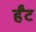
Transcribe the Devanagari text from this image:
र्हँट